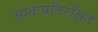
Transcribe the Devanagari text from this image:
स्वतःप्रतिरक्षित